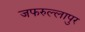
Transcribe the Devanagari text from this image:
जफरुल्लापुर